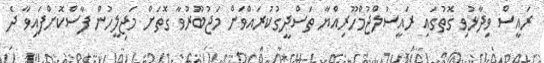
ރައީސް ވިދާޅުވި ގޮތުގައި ރައީސުލްޖުމްހޫރިއްޔާ ތަސްދީގުކުރައްވަން މަޖުބޫރުވާ ގޮތަށް މަޖިލީހުން ފާސްކޮށްފައިވާ ދެ